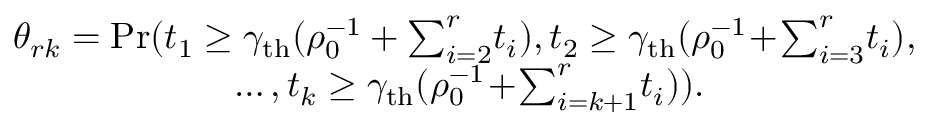
\begin{array} { r l } & { \theta _ { r k } = \mathrm { P r } ( t _ { 1 } \geq \gamma _ { \mathrm { t h } } ( \rho _ { 0 } ^ { - 1 } + \textstyle { \sum _ { i = 2 } ^ { r } } t _ { i } ) , t _ { 2 } \geq \gamma _ { \mathrm { t h } } ( \rho _ { 0 } ^ { - 1 } \! + \! \textstyle { \sum _ { i = 3 } ^ { r } } t _ { i } ) , } \\ & { \qquad \qquad \qquad \ldots , t _ { k } \geq \gamma _ { \mathrm { t h } } ( \rho _ { 0 } ^ { - 1 } \! + \! \textstyle { \sum _ { i = k + 1 } ^ { r } } t _ { i } ) ) . \! } \end{array}